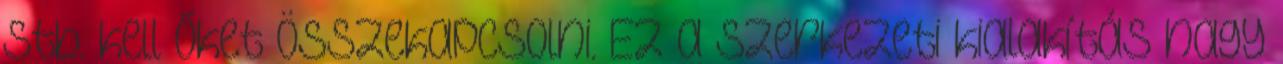
stb. kell őket összekapcsolni. Ez a szerkezeti kialakítás nagy